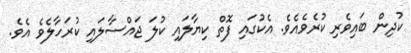
ކުދިން ބައިވެރި ކުރެވެއެވެ. އެކުގައި ފޮތް ކިޔާލައި ކުލަ ޖައްސާލައި ކުރަހާލެވެ އެވެ.